Report on the nature of kala-azar
Disease focus: Kala-Azar
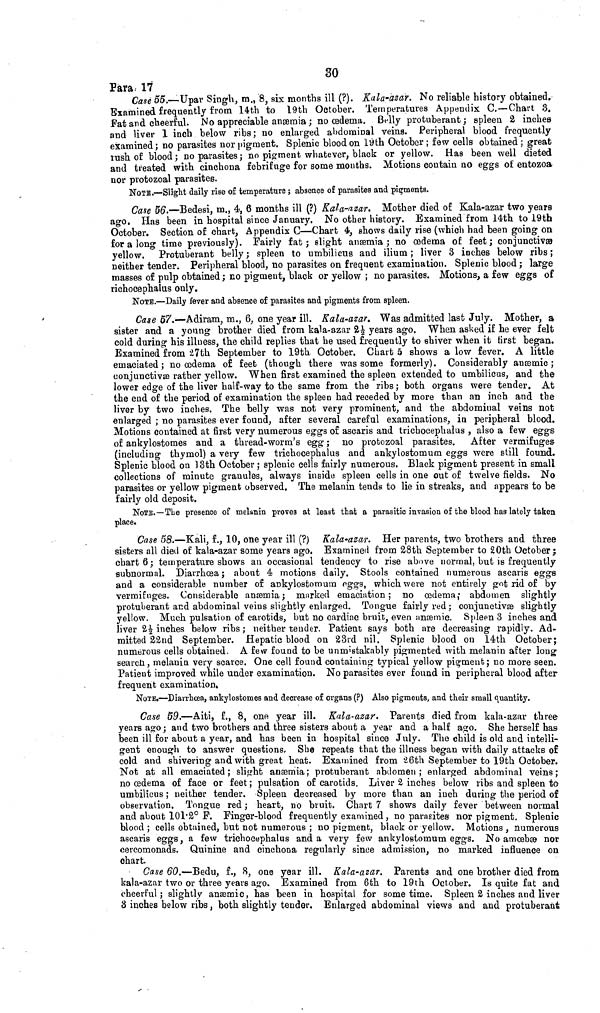
30
Para. 17
Case 55.—Upar Singh, m., 8, six months ill (?). Kala-azar. No reliable history obtained.
Examined frequently from 14th to 19th October. Temperatures Appendix C.—Chart 3.
Fat and cheerful. No appreciable anæmia ; no œdema. Belly protuberant ; spleen 2 inches
and liver 1 inch below ribs; no enlarged abdominal veins. Peripheral blood frequently
examined ; no parasites nor pigment. Splenic blood on 19th October ; few cells obtained ; great
rush of blood ; no parasites ; no pigment whatever, black or yellow. Has been well dieted
and treated with cinchona febrifuge for some months. Motions contain no eggs of entozoa
nor protozoal parasites.
NOTE.—Slight daily rise of temperature ; absence of parasites and pigments.
Case 56.—Bedesi, m., 4, 6 months ill (?) Kala-azar. Mother died of Kala-azar two years
ago. Has been in hospital since January. No other history. Examined from 14th to 19th
October. Section of chart, Appendix C—Chart 4, shows daily rise (which had been going on
for a long time previously). Fairly fat ; slight anæmia ; no œdema of feet ; conjunctivæ
yellow. Protuberant belly ; spleen to umbilicus and ilium ; liver 3 inches below ribs ;
neither tender. Peripheral blood, no parasites on frequent examination. Splenic blood ; large
masses of pulp obtained ; no pigment, black or yellow ; no parasites. Motions, a few eggs of
richocephalus only.
NOTE.—Daily fever and absence of parasites and pigments from spleen.
Gase 57.—Adiram, m., 6, one year ill. Kala-azar. Was admitted last July. Mother, a
sister and a young brother died from kala-azar 2½ years ago. When asked if he ever felt
cold during his illness, the child replies that he used frequently to shiver when it first began.
Examined from 27th September to 19th October. Chart 5 shows a low fever. A little
emaciated ; no œdema of feet (though there was some formerly). Considerably anæmic ;
conjunctivæ rather yellow. When first examined the spleen extended to umbilicus, and the
lower edge of the liver half-way to the same from the ribs; both organs were tender. At
the end of the period oí examination the spleen had receded by more than an inch and the
liver by two inches. The belly was not very prominent, and the abdominal veins not
enlarged ; no parasites ever found, after several careful examinations, in peripheral blood.
Motions contained at first very numerous eggs of ascaris and trichocephalus , also a few eggs
of ankylostomes and a thread-worm's egg ; no protozoal parasites. After vermifuges
(including thymol) a very few trichocephalus and ankylostomum eggs were still found.
Splenic blood on 13th October ; splenic cells fairly numerous. Black pigment present in small
collections of minute granules, always inside spleen cells in one out of twelve fields. No
parasites or yellow pigment observed. The melanin tends to lie in streaks, and appears to be
fairly old deposit.
NOTE.—The presence of melanin proves at least that a parasitic invasion of the blood has lately taken
place.
Case 58.—Kali, f., 10, one year ill (?) Kala-azar. Her parents, two brothers and three
sisters all died of kala-azar some years ago. Examined from 28th September to 20th October ;
chart 6 ; temperature shows an occasional tendency to rise above normal, but is frequently
subnormal. Diarrhœa ; about 4 motions daily. Stools contained numerous ascaris eggs
and a considerable number of ankylostomum eggs, which were not entirely got rid of by
vermifuges. Considerable anæmia ; marked emaciation ; no œdema ; abdomen slightly
protuberant and abdominal veins slightly enlarged. Tongue fairly red ; conjunctivæ slightly
yellow. Much pulsation of carotids, but no cardiac bruit, even anæmic. Spleen 3 inches and
liver 2½ inches below ribs ; neither tender. Patient says both are decreasing rapidly. Ad-
mitted 22nd September. Hepatic blood on 23rd nil. Splenic blood on 14th October;
numerous cells obtained. A few found to be unmistakably pigmented with melanin after long
search, melanin very scarce. One cell found containing typical yellow pigment ; no more seen.
Patient improved while under examination. No parasites ever found in peripheral blood after
frequent examination.
NOTE.—Diarrhœa, ankylostomes and decrease of organs (?) Also pigments, and their small quantity.
Case 59.—Aiti, f., 8, one year ill. Kala-azar. Parents died from kala-azar three
years ago ; and two brothers and three sisters about a year and a half ago. She herself has
been ill for about a year, and has been in hospital since July. The child is old and intelli-
gent enough to answer questions She repeats that the illness began with daily attacks of
cold and shivering and with great heat. Examined from 26th September to 19th October.
Not at all emaciated ; slight anæmia ; protuberant abdomen ; enlarged abdominal veins ;
no œdema of face or feet ; pulsation of carotids. Liver 2 inches below ribs and spleen to
umbilicus ; neither tender. Spleen decreased by more than an inch during the period of
observation. Tongue red ; heart, no bruit. Chart 7 shows daily fever between normal
and about 101.2° F. Finger-blood frequently examined , no parasites nor pigment. Splenic
blood ; cells obtained, but not numerous ; no pigment, black or yellow. Motions , numerous
ascaris eggs, a few trichocephalus and a very few ankylostomum eggs. No amœbæ nor
cercomonads. Quinine and cinchona regularly since admission, no marked influence on
chart.
Case 60.—Bedu, f., 8, one year ill. Kala-azar. Parents and one brother died from
kala-azar two or three years ago. Examined from 6th to 19th October. Is quite fat and
cheerful ; slightly anæmic, has been in hospital for some time. Spleen 2 inches and liver
3 inches below ribs, both slightly tender. Enlarged abdominal views and and protuberant